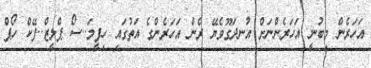
އަހަރެން މިބުނީ އަހަރެންނަށް އުނދަގޫވެޔޭ ރެން އަހަރެންގެ އަތުގައި ހިފީމަ..ސޯ ޕްލީޒް..ފޭކް ހޯޕް